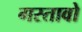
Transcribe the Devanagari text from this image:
गस्तावो